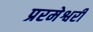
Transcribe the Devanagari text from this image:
प्ररमेश्वरी